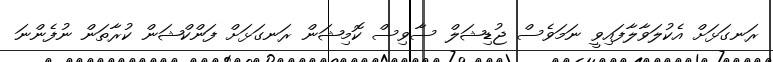
ރަނގަޅަށް އެކުލަވާލާފައިވީ ނަމަވެސް ޖުޑިޝަލް ސާވިސް ކޮމިޝަން ރަނގަޅަށް ފަންކްޝަން ކުރާތަން ނުފެންނަ